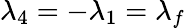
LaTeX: \lambda_{4}=-\lambda_{1}=\lambda_{f}